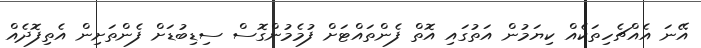
އޭނަ އެއްޗެހިތަކެއް ކިޔަމުން އަތުގައި އޮތް ފެންތައްޓަށް ފުމެމުންގޮސް ސިޑިބުޑަށް ފެންތަށިން އެތިފޮދެއް